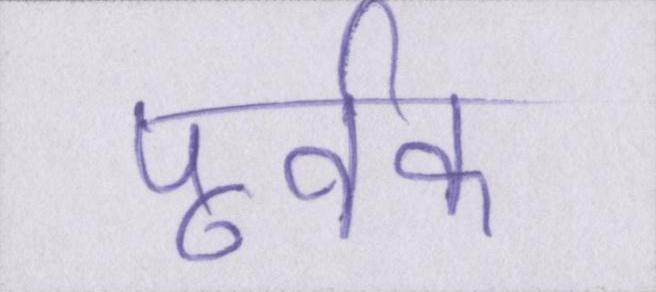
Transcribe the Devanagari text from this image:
पूर्वक